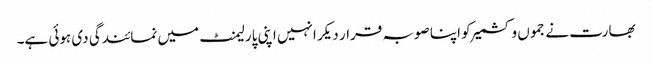
بھارت نے جموں و کشمیر کو اپنا صوبہ قرار دیکر انہیں اپنی پارلیمنٹ میں نمائندگی دی ہوئی ہے۔